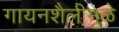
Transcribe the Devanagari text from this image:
गायनशैलीमुळे